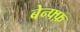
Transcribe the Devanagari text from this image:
बेन्फ्फ़